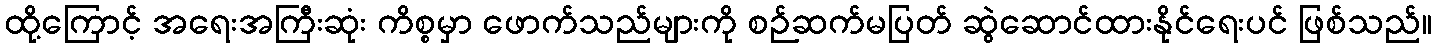
ထို့ကြောင့် အရေးအကြီးဆုံး ကိစ္စမှာ ဖောက်သည်များကို စဉ်ဆက်မပြတ် ဆွဲဆောင်ထားနိုင်ရေးပင် ဖြစ်သည်။